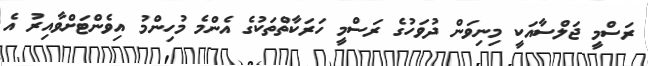
ރަސްމީ ޖަލްސާއަކީ މިނިވަން ދުވަހުގެ ރަސްމީ ހަރަކާތްތަކުގެ އެންމެ މުހިންމު އިވެންޓަށްވާއިރު އެ